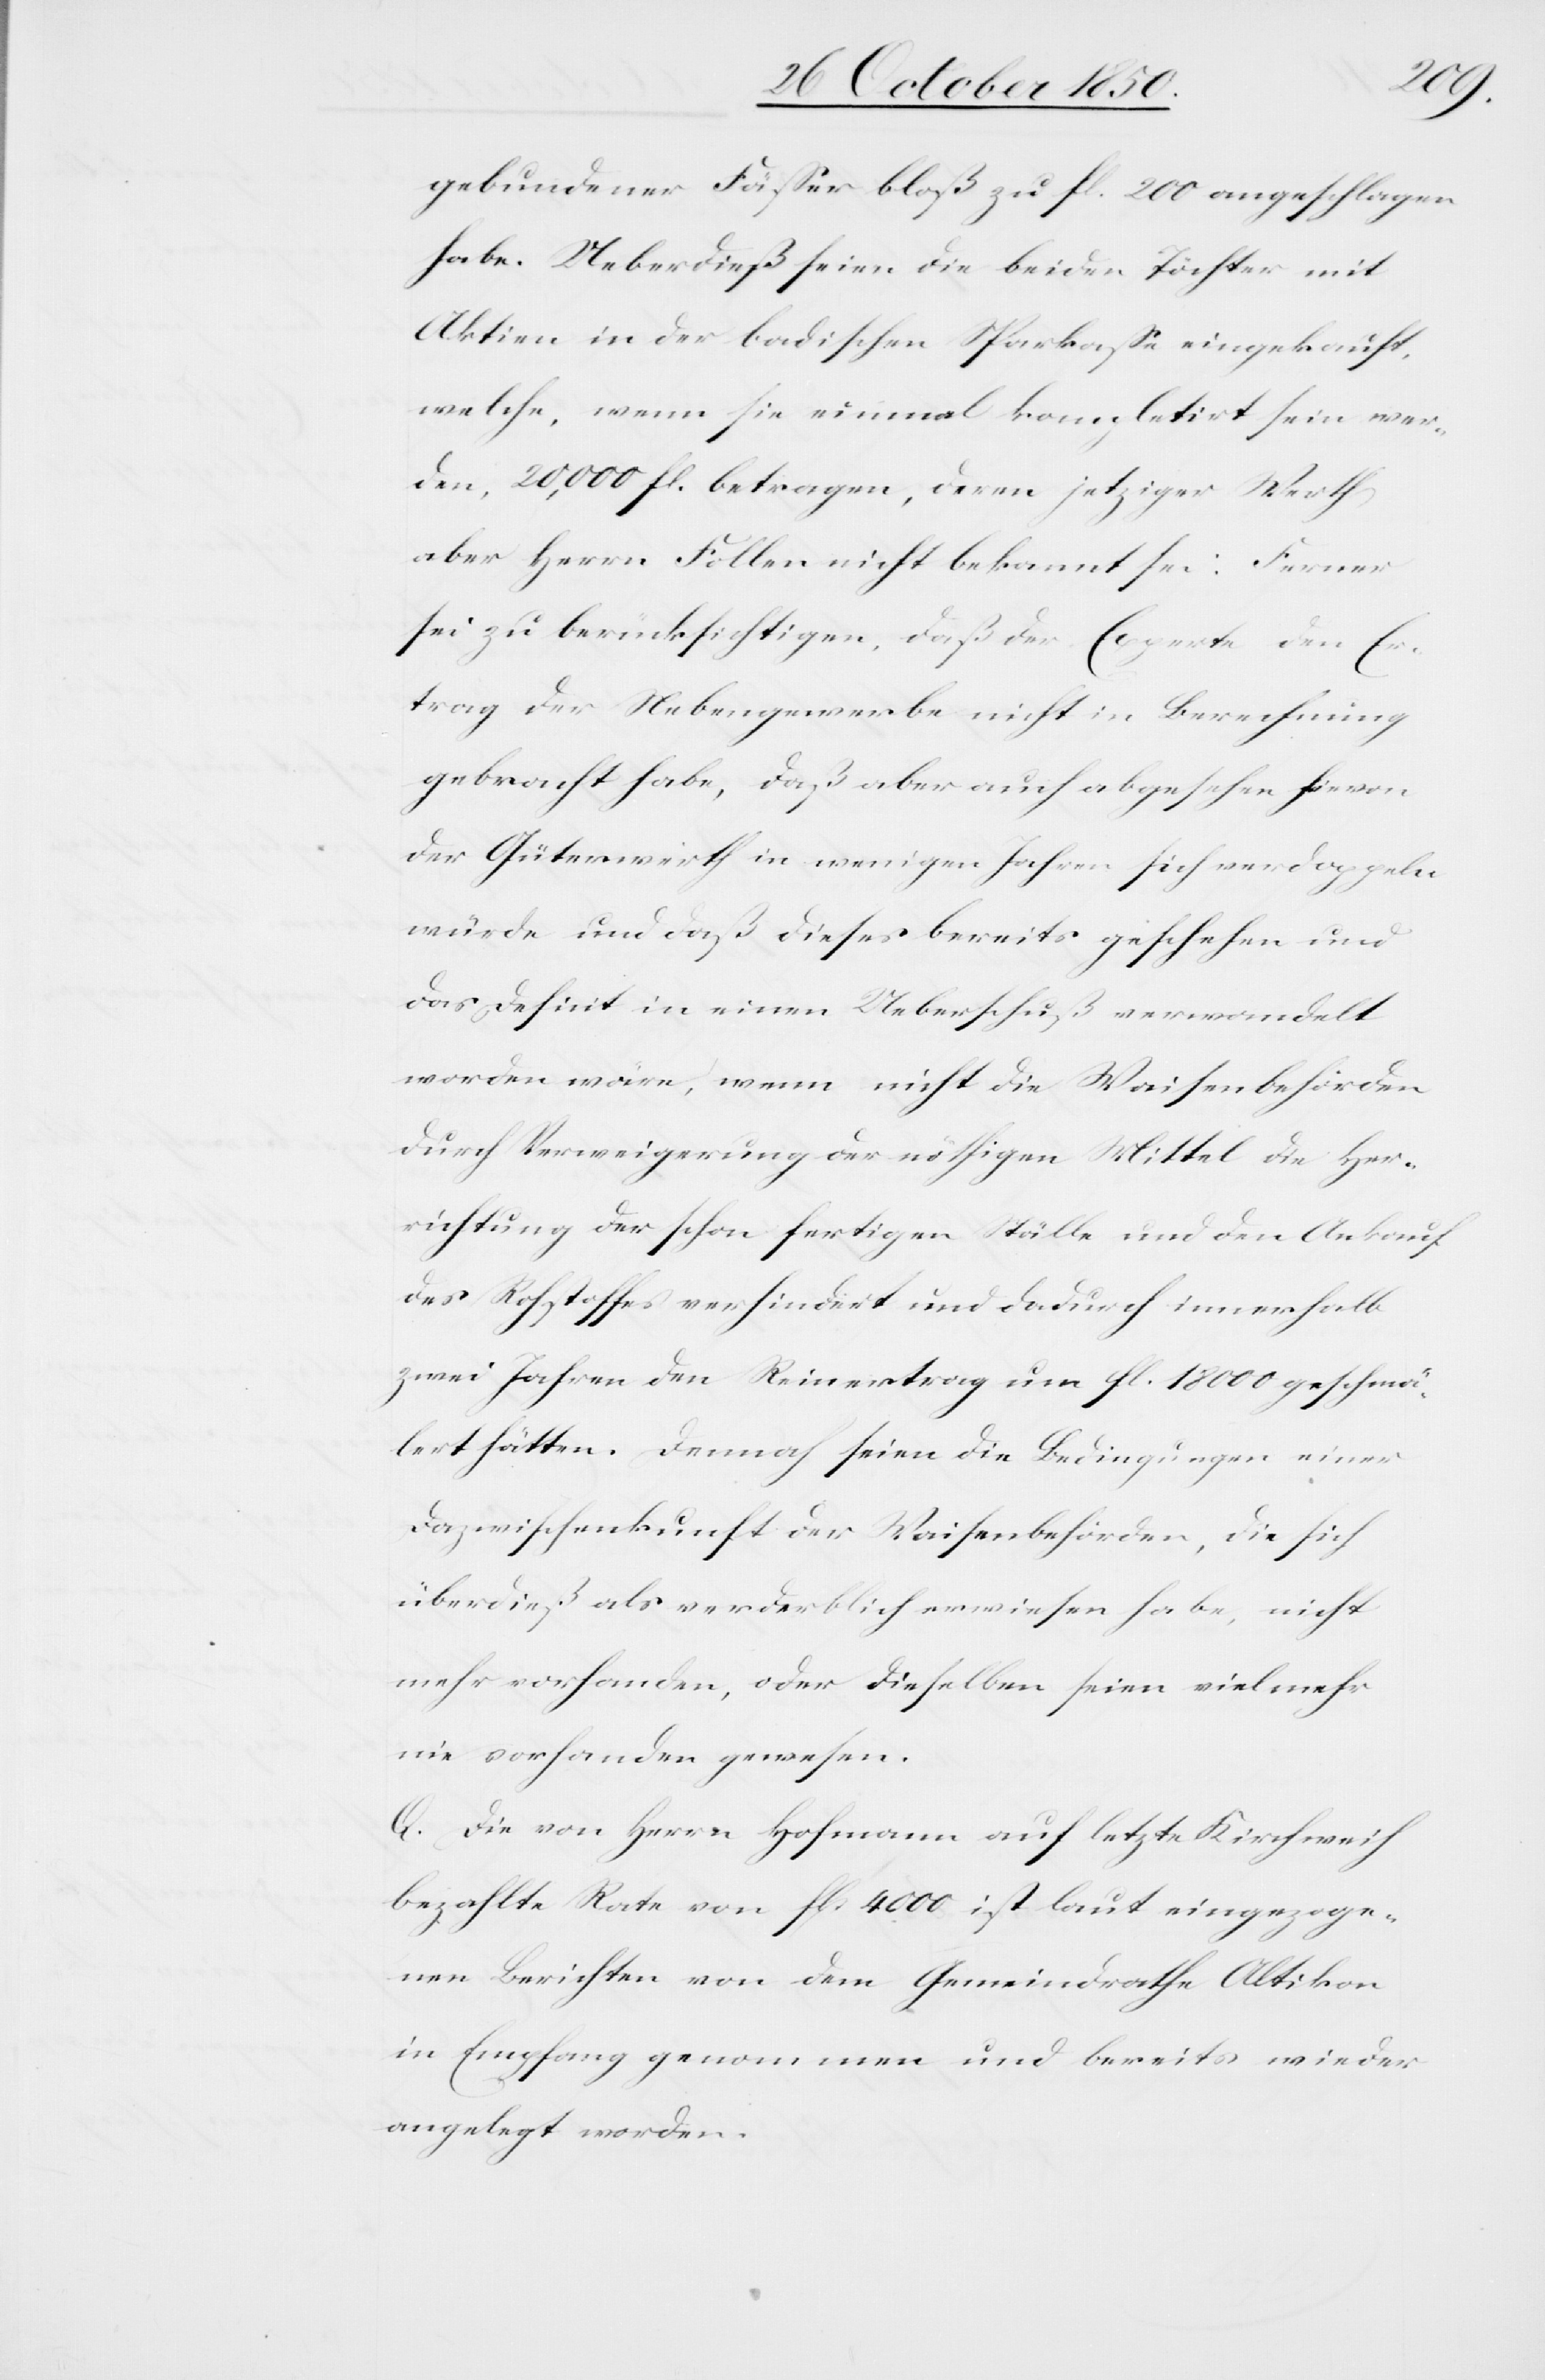
gebundener Fässer bloß zu fl. 200 angeschlagen
habe. Ueberdieß seien die beiden Töchter mit
Aktien in der badischen Sparkasse eingekauft,
welche, wenn sie einmal kompletirt sein wer¬
den, 20,000 fl. betragen, deren jetziger Werth
aber Herrn Follen nicht bekannt sei. Ferner
sei zu berücksichtigen, daß der Experte den Er¬
trag der Nebengewerbe nicht in Berechnung
gebracht habe, daß aber auch abgesehen hievon
der Güterwerth in wenigen Jahren sich verdoppeln
würde und daß dieses bereits geschehen und
das Deficit in einen Ueberschuß verwandelt
worden wäre, wenn nicht die Waisenbehörden
durch Verweigerung der nöthigen Mittel die Her¬
richtung der schon fertigen Ställe und den Ankauf
des Rohstoffes verhindert und dadurch innerhalb
zwei Jahren den Reinertrag um fl. 18 000 geschmä¬
lert hätten. Dennoch seien die Bedingungen einer
Dazwischenkunft der Waisenbehörden, die sich
überdieß als verderblich erwiesen habe, nicht
mehr vorhanden, oder dieselben seien vielmehr
nie vorhanden gewesen.
Q. Die von Herrn Hofmann auf letzte Kirchweih
bezahlte Rate von fl. 4000 ist laut eingezoge¬
nen Berichten von dem Gemeindrathe Altikon
in Empfang genommen und bereits wieder
angelegt worden.